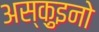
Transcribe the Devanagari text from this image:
अस्क़ुइनो